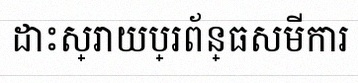
ដោះស្រាយប្រព័ន្ធសមីការ